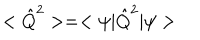
< \hat { Q } ^ { 2 } > = < \psi | \hat { Q } ^ { 2 } | \psi >